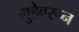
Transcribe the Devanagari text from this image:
गुहेवरून